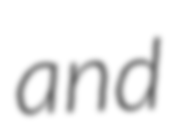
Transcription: and